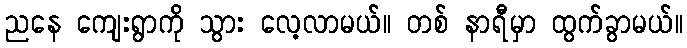
ညနေ ကျေးရွာကို သွား လေ့လာမယ်။ တစ် နာရီမှာ ထွက်ခွာမယ်။